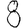
Digit: 8